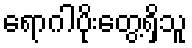
ရောဂါပိုးတွေ့ရှိသူ